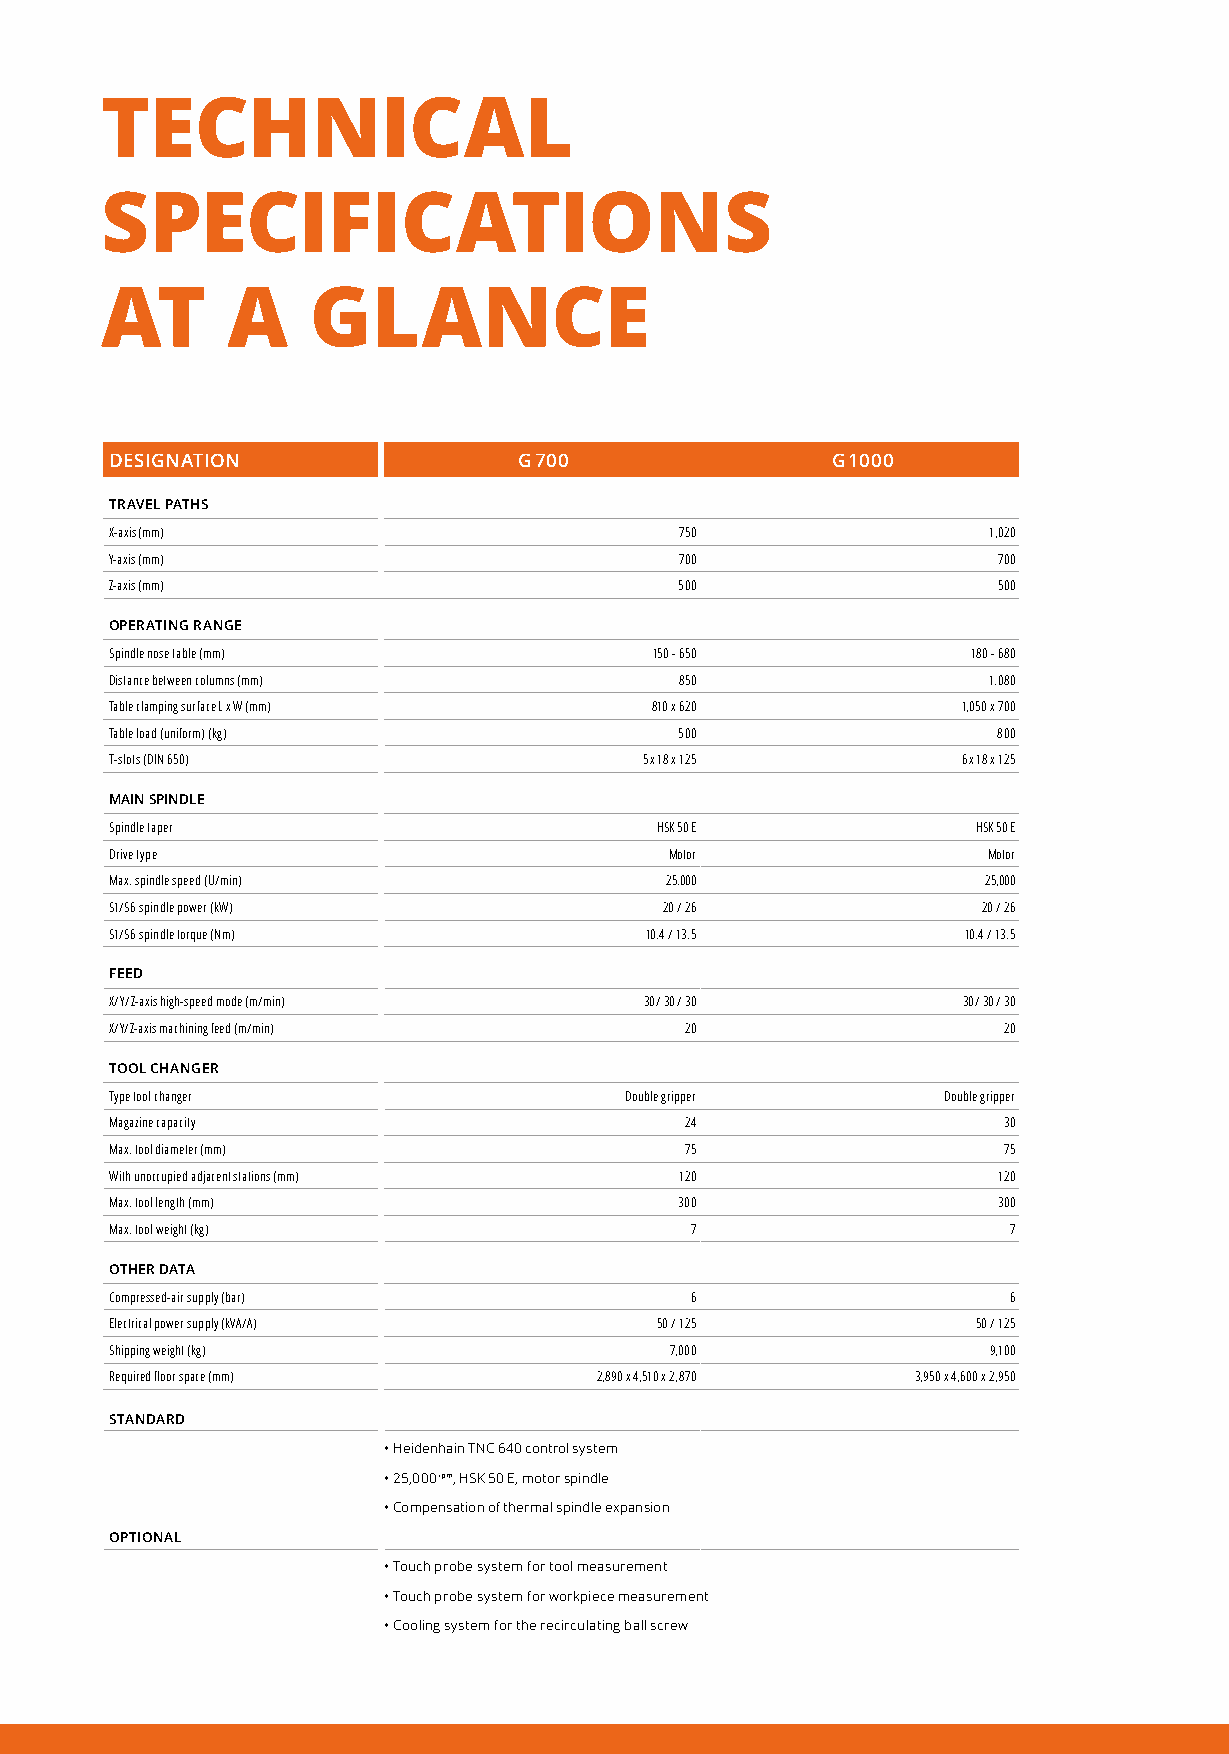
TECHNICAL
 SPECIFICATIONS
 AT      A    GLANCE
 DESIGNATION                G 700                G 1000
 TRAVEL PATHS
 X-axis (mm)                           750                 1,020
 Y-axis (mm)                           700                  700
 Z-axis (mm)                           500                  500
 OPERATING RANGE
 Spindle nose table (mm)             150 - 650            180 - 680
 Distance between columns (mm)         850                 1.080
 Table clamping surface L x W (mm)   810 x 620            1,050 x 700
 Table load (uniform) (kg)             500                  800
 T-slots (DIN 650)                   5 x 18 x 125         6 x 18 x 125
 MAIN SPINDLE
 Spindle taper                       HSK 50 E              HSK 50 E
 Drive type                           Motor                Motor
 Max. spindle speed (U/min)           25.000               25,000
 S1/S6 spindle power (kW)             20 / 26              20 / 26
 S1/S6 spindle torque (Nm)           10.4 / 13.5          10.4 / 13.5
 FEED
 X/Y/Z-axis high-speed mode (m/min)  30 / 30 / 30         30 / 30 / 30
 X/Y/Z-axis machining feed (m/min)     20                   20
 TOOL CHANGER
 Type tool changer                 Double gripper       Double gripper
 Magazine capacity                     24                   30
 Max. tool diameter (mm)               75                   75
 With unoccupied adjacent stations (mm) 120                 120
 Max. tool length (mm)                 300                  300
 Max. tool weight (kg)                  7                    7
 OTHER DATA
 Compressed-air supply (bar)            6                    6
 Electrical power supply (kVA/A)     50 / 125              50 / 125
 Shipping weight (kg)                 7,000                 9,100
 Required floor space (mm)        2,890 x 4,510 x 2,870 3,950 x 4,600 x 2,950
 STANDARD
 • Heidenhain TNC 640 control system
 • 2 5,000 rpm, HSK 50 E, motor spindle
 • Compensation of thermal spindle expansion
 OPTIONAL
 • Touch probe system for tool measurement
 • Touch probe system for workpiece measurement
 • Cooling system for the recirculating ball screw